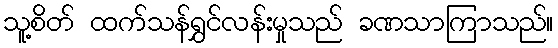
သူ့စိတ် ထက်သန်ရွှင်လန်းမှုသည် ခဏသာကြာသည်။